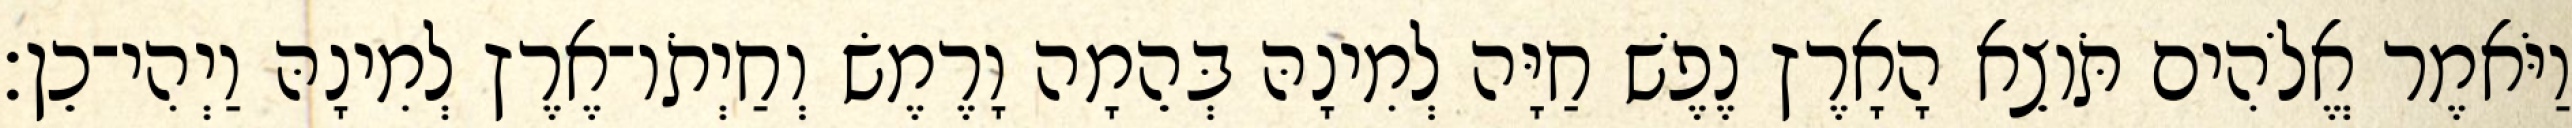
וַיֹּאמֶר אֱלֹהִים תֹּוצֵא הָאָרֶץ נֶפֶשׁ חַיָּה לְמִינָהּ בְּהֵמָה וָרֶמֶשׂ וְחַיְתֹו־אֶרֶץ לְמִינָהּ וַיְהִי־כֵן׃